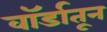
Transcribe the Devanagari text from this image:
वॉर्डातून